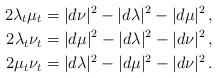
LaTeX: \begin{align*}2\lambda_{t}\mu_{t}&=|d\nu|^{2}-|d\lambda|^{2}-|d\mu|^{2} \,,\\2\lambda_{t}\nu_{t}&=|d\mu|^{2}-|d\lambda|^{2}-|d\nu|^{2} \,,\\2\mu_{t}\nu_{t}&=|d\lambda|^{2}-|d\mu|^{2}-|d\nu|^{2}\,.\end{align*}